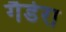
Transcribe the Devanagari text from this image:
गैडेरा